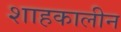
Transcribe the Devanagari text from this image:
शाहकालीन